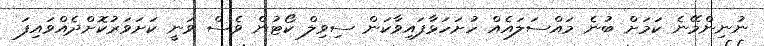
ނުނިންމޭނެ ކަމަށް ބުނެ މައްސަލައެއް ހުށަހަޅާފައިވާކަން ސިވިލް ކޯޓުން ވެސް ވަނީ ކަށަވަރުކޮށްދެއްވައިފަ